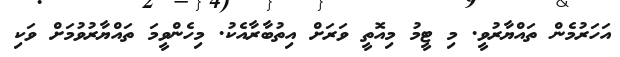
އަހަރުމެން ތައްޔާރުވީ. މި ޓީމު މިއޮތީ ވަރަށް އިތުބާރާއެކު. މިހެންވީމަ ތައްޔާރުވުމަށް ވަކި